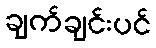
ချက်ချင်းပင်